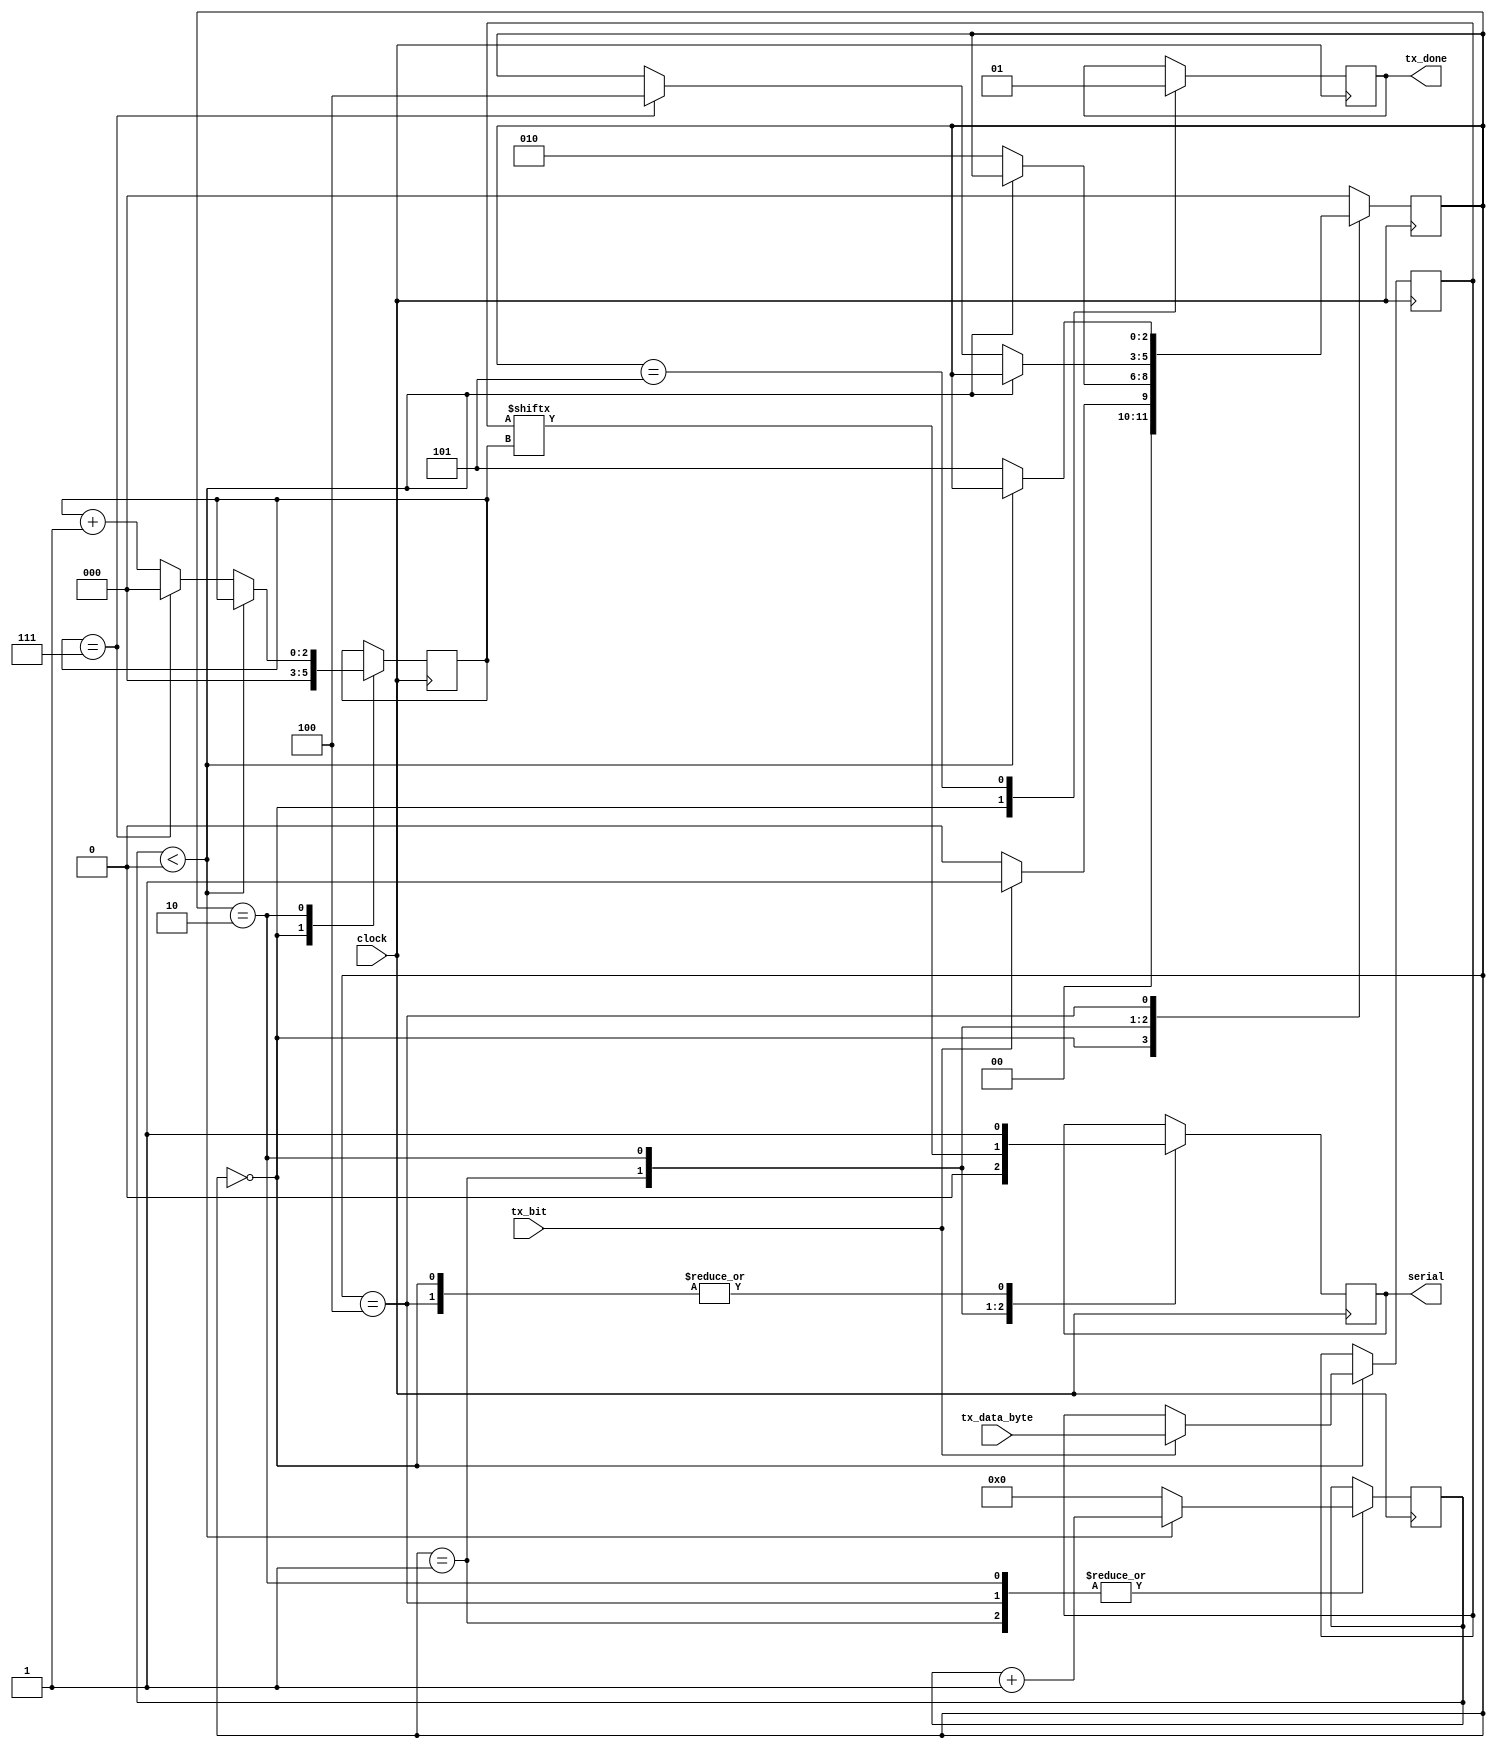
module transmitter
    #(parameter CLOCKS_PER_BIT = 0)
    (
        input wire clock,
        input wire tx_bit,
        input [7:0] tx_data_byte,
        output reg serial,
        output wire tx_done
    );

    parameter IDLE_STATE = 3'b000;
    parameter START_STATE = 3'b001;
    parameter DATA_STATE = 3'b010;
    parameter STOP_STATE = 3'b100;
    parameter CLEANUP_STATE = 3'b101;

    reg [8:0] r_clock_count;
    reg [2:0] r_tx_state;
    reg [2:0] r_bit_index;
    reg [7:0] r_tx_byte;
    reg r_tx_done;

    initial
    begin
        r_clock_count = 0;
        r_tx_state = 3'b0;
        r_bit_index = 0;
        r_tx_done = 0;
    end

    always @(posedge clock)
    begin
        case (r_tx_state)
            IDLE_STATE:
            begin
                serial = 1'b1; // Drive line HIGH
                r_tx_done = 1'b0;
                r_bit_index = 0;

                if (tx_bit == 1'b1) // idle active bit
                begin
                    r_tx_byte <= tx_data_byte;
                    r_tx_state <= START_STATE;
                end
                else
                    r_tx_state <= IDLE_STATE;
            end // IDLE_STATE

            START_STATE:
            begin
                serial = 1'b0; // start bit = 0

                if (r_clock_count < CLOCKS_PER_BIT)
                    r_clock_count <= r_clock_count + 1;
                else
                begin
                    r_clock_count <= 0;
                    r_tx_state <= DATA_STATE;
                end
            end // START_STATE

            DATA_STATE:
            begin
                serial <= r_tx_byte[r_bit_index];

                if (r_clock_count < CLOCKS_PER_BIT)
                    r_clock_count <= r_clock_count + 1;
                else
                begin
                    r_clock_count <= 0;
                    if (r_bit_index == 7)
                    begin
                        r_bit_index <= 0;
                        r_tx_state <= STOP_STATE;
                    end
                    else
                        r_bit_index <= r_bit_index + 1;
                end
            end // DATA_STATE

            STOP_STATE:
            begin
                serial <= 1'b1;

                if (r_clock_count < CLOCKS_PER_BIT)
                    r_clock_count <= r_clock_count + 1;
                else
                begin
                    r_clock_count <= 0;
                    r_tx_state <= CLEANUP_STATE;
                end
            end // STOP_STATE

            CLEANUP_STATE:
            begin
                r_tx_done <= 1'b1;
                r_tx_state <= IDLE_STATE;
            end // CLEANUP_STATE

            default:
                r_tx_state <= IDLE_STATE;
        endcase
    end

    assign tx_done = r_tx_done;
endmodule